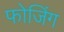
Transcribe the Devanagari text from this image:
फोजिंग